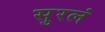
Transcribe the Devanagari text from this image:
सुरलं